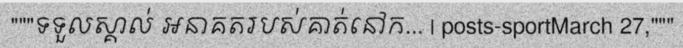
"""ទទួលស្គាល់ អនាគតរបស់គាត់នៅក... | posts-sportMarch 27,"""